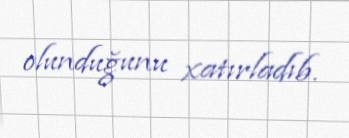
olunduğunu xatırladıb.